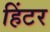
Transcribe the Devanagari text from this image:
हिंटर